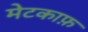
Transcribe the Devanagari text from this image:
मेटकाफ़